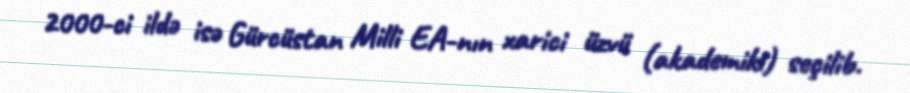
2000-ci ildə isə Gürcüstan Milli EA-nın xarici üzvü (akademiki) seçilib.